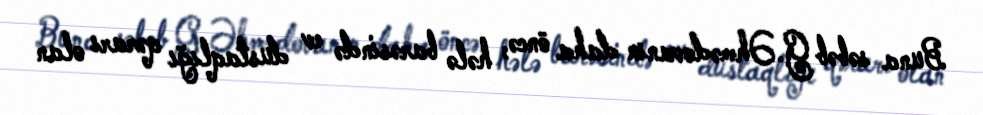
Buna səbəb G.Əhmədovanın daha öncə, hələ barəsində ev dustaqlığı qərarı olan